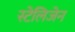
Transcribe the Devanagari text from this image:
स्टेलिजेन